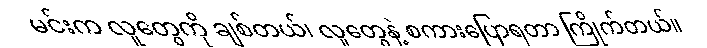
မင်းက လူတွေကို ချစ်တယ်၊ လူတွေနဲ့ စကားပြောရတာ ကြိုက်တယ်။